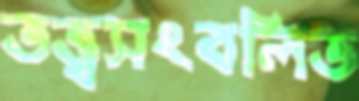
তত্ত্বসংবলিত